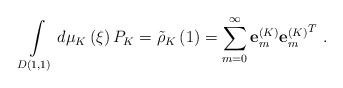
\begin{align*}\int\limits_{D(1,1)} {d\mu _K\left( \xi \right)P_K={\tilde {\rho}} _K\left( 1 \right)=\sum\limits_{m=0}^\infty{{\bf e}_m^{\left( K \right)}{{\bf e}_m^{\left( K \right)}}^T}}\ .\end{align*}